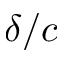
\delta / c